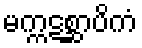
မက္ကဋစ္ဆာပိကံ